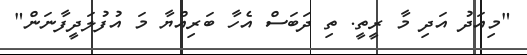
"މިއަދު އަދި މާ ރީތީ. ތި ދަބަސް އެހާ ބަރިއްޔާ މަ އުފުލަދީފާނަން"